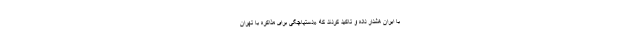
با ایران هشدار داده و تاکید کردند که «دستپاچگی برای مذاکره با تهران